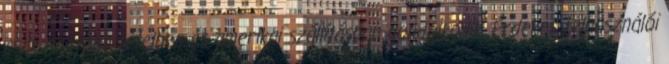
csak nagyobb tételben és amerikai szállításban gondolkodik. Érdekes felhasználói